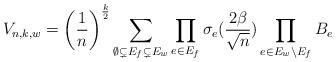
LaTeX: \begin{align*}V_{n,k,w}&= \left( \frac{1}{n} \right)^{\frac{k}{2}} \sum_{ \emptyset \subsetneq E_{f}\subsetneq E_{w}} \prod_{e \in E_{f}} \sigma_{e} (\frac{2\beta}{\sqrt{n}}) \prod_{e \in E_{w} \backslash E_{f}} B_{e} \end{align*}